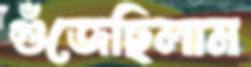
গুঁজেছিলাম